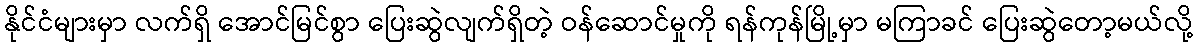
နိုင်ငံများမှာ လက်ရှိ အောင်မြင်စွာ ပြေးဆွဲလျက်ရှိတဲ့ ဝန်ဆောင်မှုကို ရန်ကုန်မြို့မှာ မကြာခင် ပြေးဆွဲတော့မယ်လို့